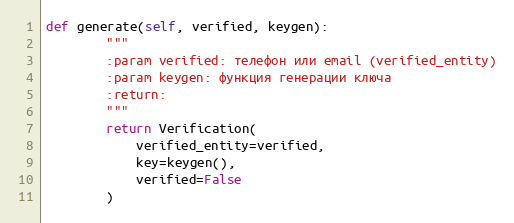
Language: Python
def generate(self, verified, keygen):
        """
        :param verified: телефон или email (verified_entity)
        :param keygen: функция генерации ключа
        :return:
        """
        return Verification(
            verified_entity=verified,
            key=keygen(),
            verified=False
        )